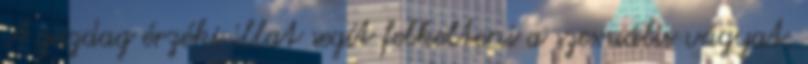
A gazdag érzéki illat segít felkelteni a szexuális vágyat.